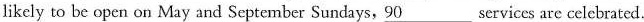
likely to be open on May and September Sundays,90___services are celcbrated.